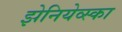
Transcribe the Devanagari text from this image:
झेनियेव्स्का